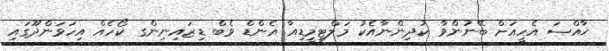
ޚާއްޞަ އެހީއަށް ބޭނުންވާ ކުދިންނާއެކު މަލްޓިމީޑިއާ އެންޑް ވެބް ޑިޒައިނިންގ ކޯހެއް އިހަވަންދޫގައި